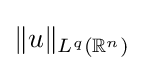
\|u\|_{L^{q}(\mathbb {R} ^{n})}